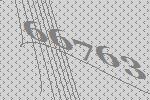
66763